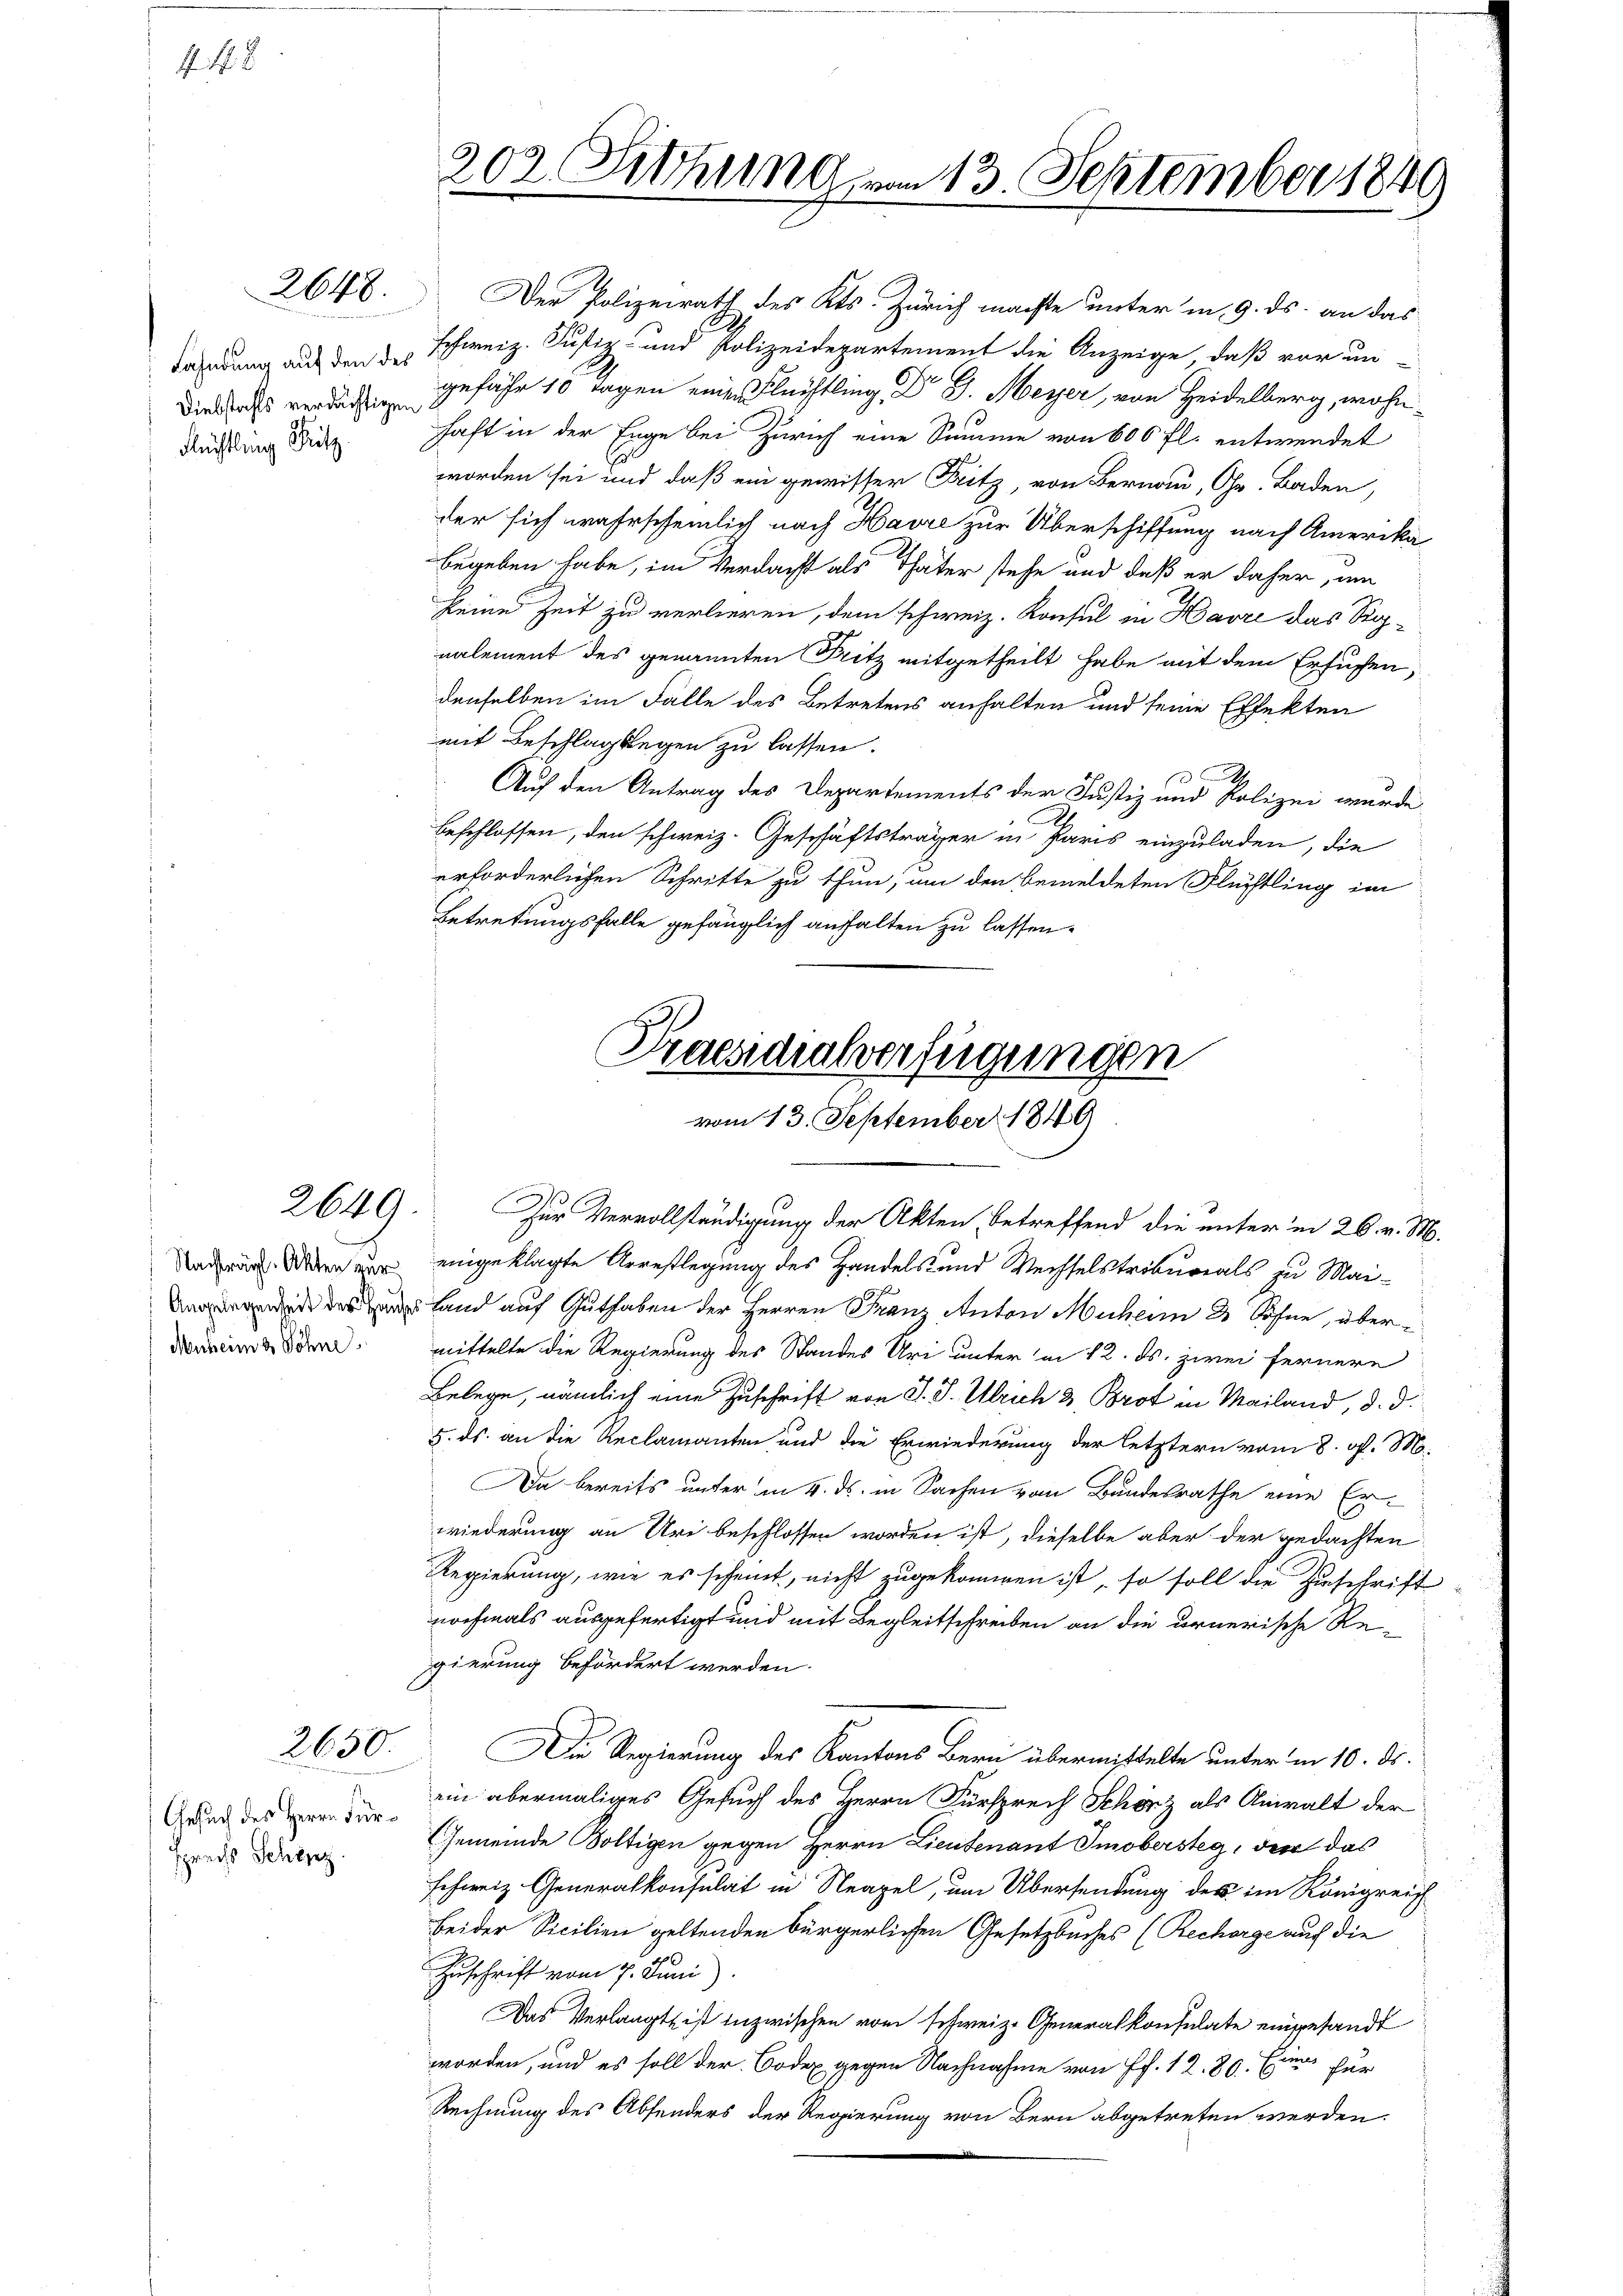
4. 48

2648.

Fahndung auf den des
Diebstahls verdächtigen
Flüchtling Ritz.

Nachträgl. Akten ver
Muheim & Söhne

2650.

Gesuch des Herrn Fürsprechs Schinz

Der Polizeirath des Kts. Zürich machte unter in 9. ds. an das
schweiz. Justiz- und Polizeidepartement die Anzeige, daß vor un-
gefähr 10 Tagen einen Flüchtling. Dr J. Meyer, von Heidelberg, wohnhaft in der Enge bei Zürich eine Summe von 600 fl. entwendet
worden sei und daß ein gewisser Fritz, von Bernau, Chr. Baden,
der sich wahrscheinlich nach Havre zur Überschiffung nach Amerika
begeben habe, im Verdacht als Thäter stehe und daß er daher, um
seine Zeit zu verlieren, dem schweiz. Konsul in Havre das Synalement des genannten Fritz mitgetheilt habe mit dem Ersuchen,
denselben im Fälle des Betretens anhalten und seine Effekten
mit Beschlagslegen zu lassen.
Auf den Antrag des Departements der Justiz und Polizei wurde
beschlossen, den schweiz. Geschäftsträger in Paris einzuladen, die
erforderlichen Schritte zu thun, um den bemeldeten Flüchtling im
Betretungsfalle gefänglich anhalten zu lassen.

202. Sitzung vom 13. September 1849

Praesidialverfügungen
vom 13. September 1849

2649. Zur Vervollständigung der Akten betreffend die unter in 26. v. M.
eingeklagte Arrestlegung des Handels- und Wechselstribunals zu Mai¬
 des Land auf Guthaben der Herren Franz Anton Muherrn 2 Söhne, übermittelte die Regierung des Standes Uri unter in 12. ds. zwei fernere
Belege, nämlich eine Zuschrift von J. J. Ulrich 2. Brot in Mailand, d. d.
5. ds. an die Reclamanten und die Erwiederung der letztern vom 8. d. M.
Da bereits unter in 4. ds. in Sachen vom Bundesrathe eine Erwiederung an Uri beschlossen worden ist, dieselbe aber der gedachten
Regierung, wie es scheint, nicht zugekommen ist, so soll die Zuschrift
nochmals ausgefertigt und mit Begleitschreiben an die ernerische Re-
gierung befördert werden.
Die Regierung des Kantons Bern übermittelte unter in 10. ds.
ein abermaliges Gesuch des Herrn Fürsprech Schörz als Anwalt der
Gemeinde Boltigen gegen Herrn Lieutenant Smobersteg, der das
schweiz. Generalkonsulat in Neapel, um Übersendung des im Königreich
Beider Sicilien geltenden bürgerlichen Gesetzbuches (Recharge auch die
Zuschrift vom 7. Juni).
Das Verlangt ist inzwischen vom schweiz. Generalkonsulate eingesandt
worden, und es soll der Boden gegen Nachnahme von Fr. 12. 80. Eine für
Rechnung des Absenders der Regierung von Bern abgetreten werden.